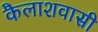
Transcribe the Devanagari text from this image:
कैलाशवासी